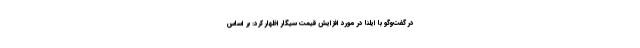
در گفت‌وگو با ایلنا در مورد افزایش قیمت سیگار اظهار کرد:‌ بر اساس